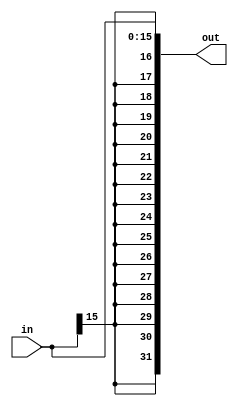
module signext(in, out);
	input signed [15:0] in;
	output signed [31:0] out;

	assign out = in;

endmodule


/*
module signext_tb();

	reg [15:0] in_tb;
	wire [31:0] out_tb;

	initial 
	begin
		$display("Signext Testbench");

		in_tb = 16'h1234;
		$display("Current value of input = %h", in_tb);
		$display("Current value of output = %h", out_tb);

		in_tb = 16'hF234;
		$display("Current value of input = %h", in_tb);
		$display("Current value of output = %h", out_tb);

		$finish;
	end

	signext signext_t(in_tb, out_tb);

endmodule
*/